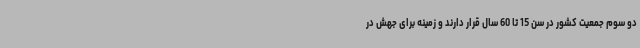
دو سوم جمعیت کشور در سن 15 تا 60 سال قرار دارند و زمینه برای جهش در